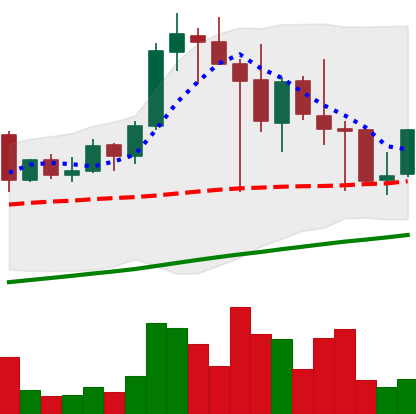
Ticker: LINK-USD
Chart end date: 2021-04-26
Forward return: 17.02%
Label: up_7plus